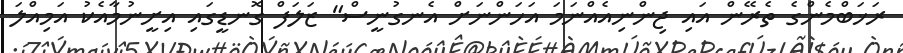
ރަޚަބްމެންގެ ތެރޭން އައި ޖިންނިއެއްނަމަ އަހަންނަށް އެނގުނީސް" ޒަލަފް ގޮނޑީގައި އިށީނުމާއެކު އަމިއްލަ